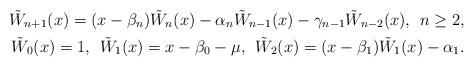
LaTeX: \begin{align*}\tilde{W}_{n+1}(x)=(x-\beta_{n})\tilde{W}_{n}(x)-\alpha_{n}\tilde{W}_{n-1}(x)-\gamma_{n-1}\tilde{W}_{n-2}(x),\:\: n \geq 2,\\ \tilde{W}_{0}(x)=1,\:\: \tilde{W}_{1}(x)=x-\beta_{0}-\mu,\:\: \tilde{W}_{2}(x)=(x-\beta_{1})\tilde{W}_{1}(x)-\alpha_{1}.\end{align*}